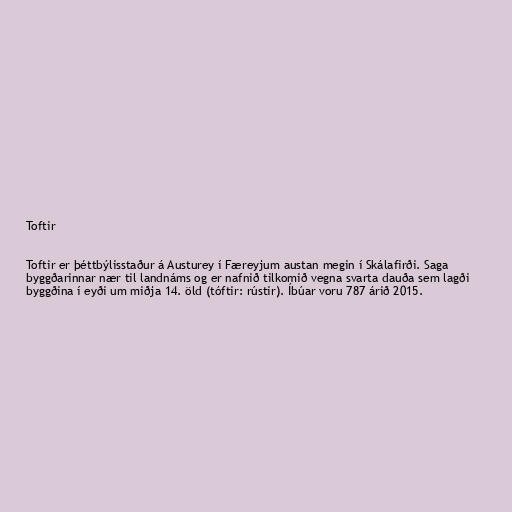
Toftir

Toftir er þéttbýlisstaður á Austurey í Færeyjum austan megin í Skálafirði. Saga
byggðarinnar nær til landnáms og er nafnið tilkomið vegna svarta dauða sem lagði
byggðina í eyði um miðja 14. öld (tóftir: rústir). Íbúar voru 787 árið 2015.